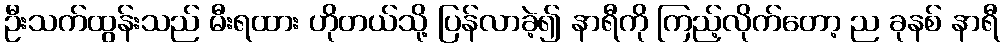
ဦးသက်ထွန်းသည် မီးရထား ဟိုတယ်သို့ ပြန်လာခဲ့၍ နာရီကို ကြည့်လိုက်တော့ ည ခုနစ် နာရီ